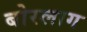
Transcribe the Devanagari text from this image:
बोरलाग